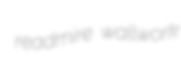
readmire wallwork